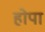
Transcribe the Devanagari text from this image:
होपा